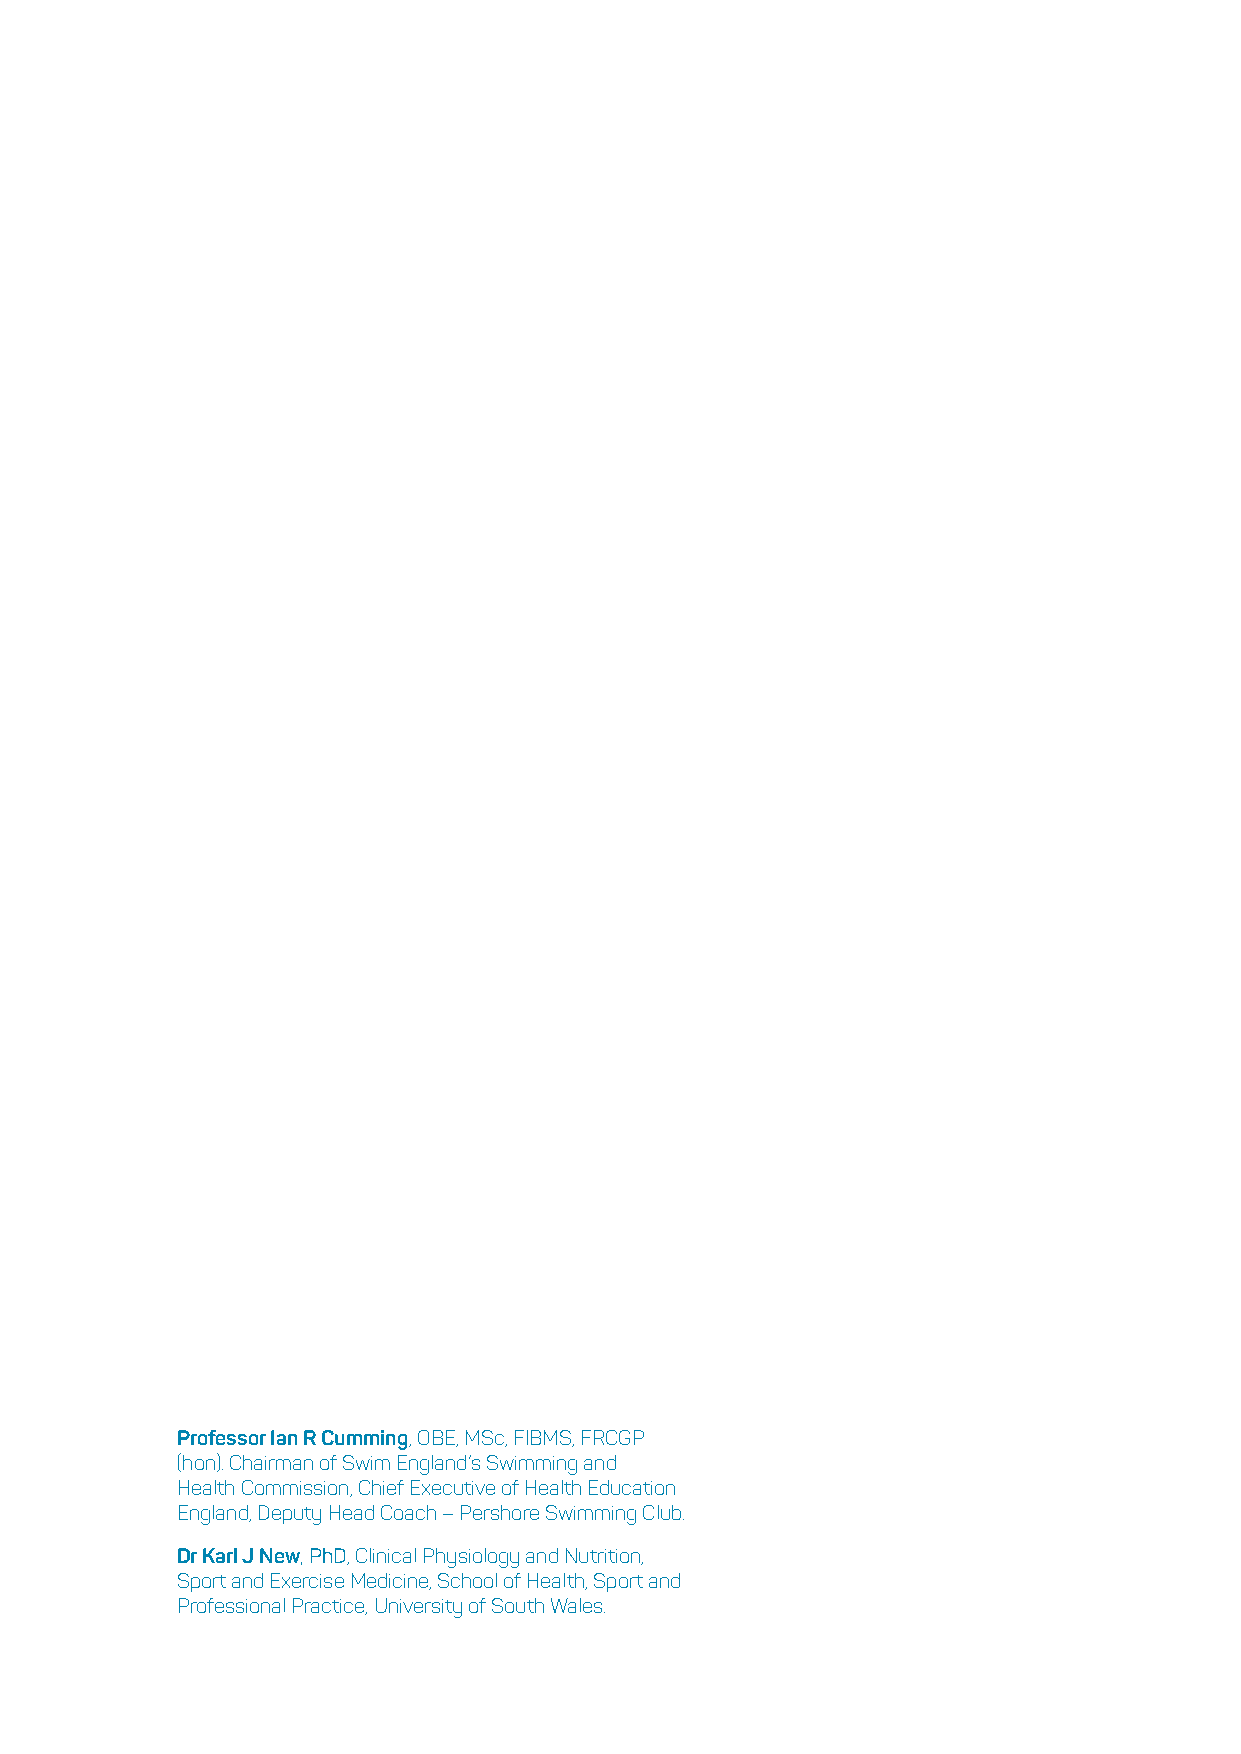
Professor Ian R Cumming, OBE, MSc, FIBMS, FRCGP
 (hon). Chairman of Swim England’s Swimming and
 Health Commission, Chief Executive of Health Education
 England, Deputy Head Coach – Pershore Swimming Club.
 Dr Karl J New, PhD, Clinical Physiology and Nutrition,
 Sport and Exercise Medicine, School of Health, Sport and
 Professional Practice, University of South Wales.